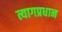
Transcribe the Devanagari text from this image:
त्यागप्रधान